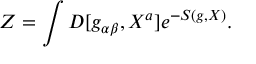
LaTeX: Z = \int { \cal D } [ g _ { \alpha \beta } , X ^ { a } ] e ^ { - S ( g , X ) } .